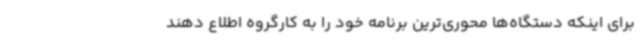
برای اینکه دستگاه‌ها محوری‌ترین برنامه خود را به کارگروه اطلاع دهند